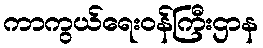
ကာကွယ်ရေးဝန်ကြီးဌာန